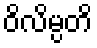
ဝိလိမ္ပတိ